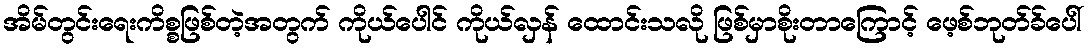
အိမ်တွင်းရေးကိစ္စဖြစ်တဲ့အတွက် ကိုယ်ပေါင် ကိုယ်လှန် ထောင်းသလို ဖြစ်မှာစိုးတာကြောင့် ဖေ့စ်ဘုတ်ခ်ပေါ်